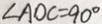
\angle A O C = 9 0 ^ { \circ }